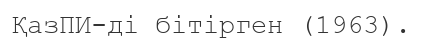
ҚазПИ-ді бітірген (1963).